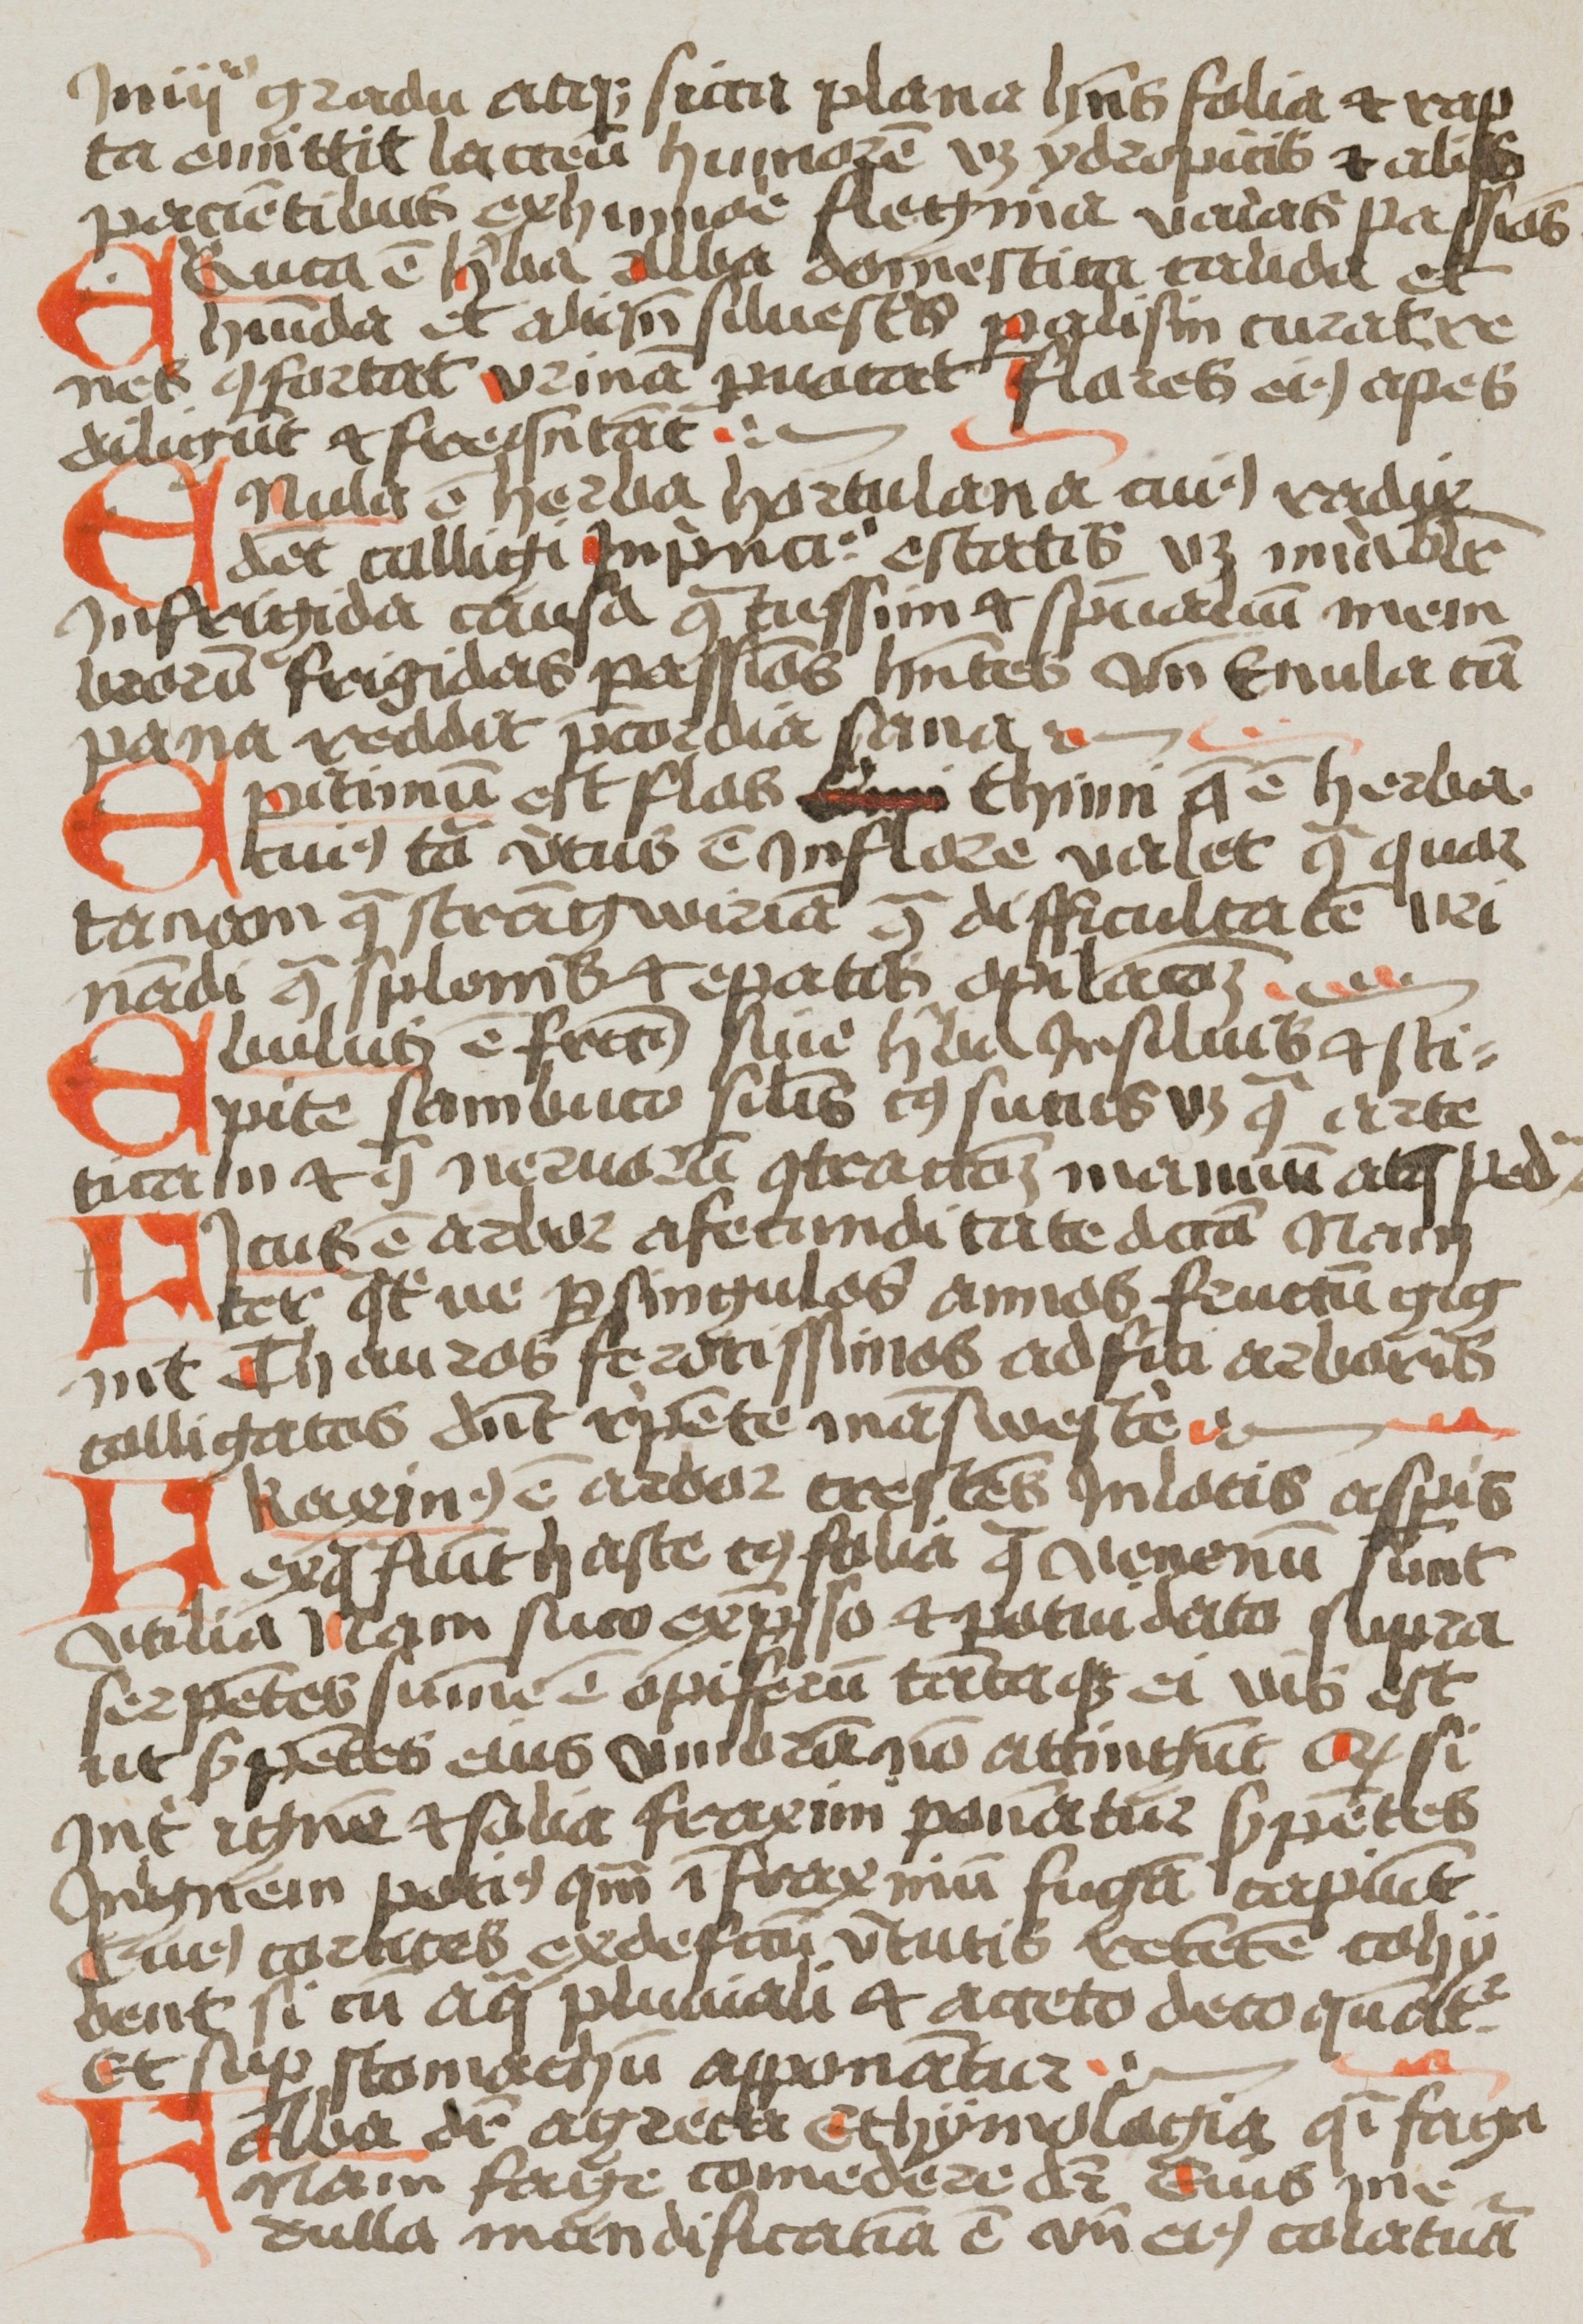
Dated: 1400–1499